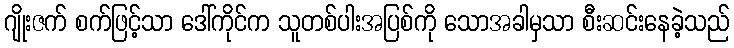
ဂျိုးဇက် စက်ဖြင့်သာ ဒေါ်ကိုင်က သူတစ်ပါးအပြစ်ကို သောအခါမှသာ စီးဆင်းနေခဲ့သည်